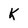
Character: K